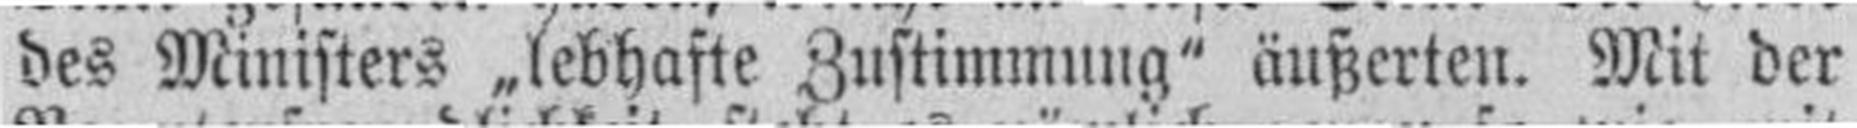
des Ministers „lebhafte Zustimmung" äußerten. Mit der